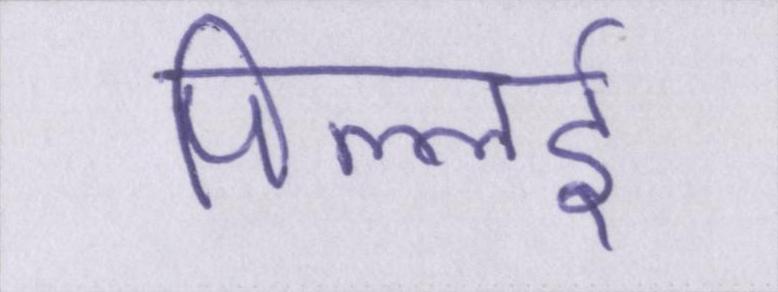
पिल्लई